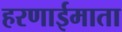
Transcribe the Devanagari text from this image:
हरणाईमाता